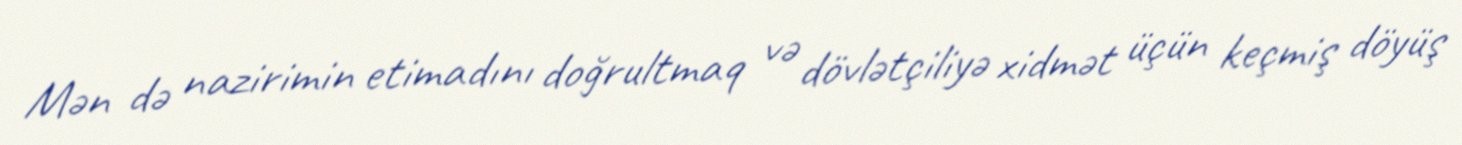
Mən də nazirimin etimadını doğrultmaq və dövlətçiliyə xidmət üçün keçmiş döyüş